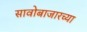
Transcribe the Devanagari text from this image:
सावोबाजारच्या